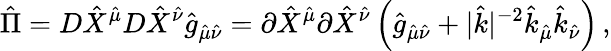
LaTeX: {\hat{\Pi}}=D{\hat{X}}^{\hat{\mu}}D{\hat{X}}^{\hat{\nu}}{\hat{g}}_{{\hat{\mu}}{\hat{\nu}}}=\partial{\hat{X}}^{\hat{\mu}}\partial{\hat{X}}^{\hat{\nu}}\left({\hat{g}}_{{\hat{\mu}}{\hat{\nu}}}+|{\hat{k}}|^{-2}{\hat{k}}_{\hat{\mu}}{\hat{k}}_{\hat{\nu}}\right)\, ,